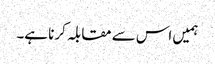
ہمیں اس سے مقابلہ کرنا ہے۔